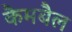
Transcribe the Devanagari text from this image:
कैमबैल